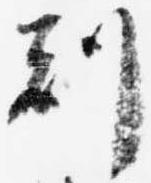
刻